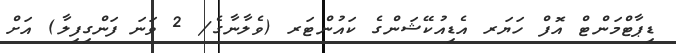
ޑިޕާޓްމަންޓް އޮފް ހަޔަރ އެޑިއުކޭޝަންގެ ކައުންޓަރ (ވެލާނާގެ/ 2 ވަނަ ފަންގިފިލާ) އަށް